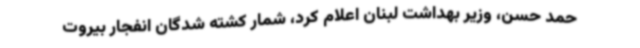
حمد حسن، وزیر بهداشت لبنان اعلام کرد، شمار کشته شدگان انفجار بیروت